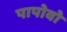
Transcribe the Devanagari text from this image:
पापोवो